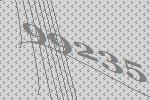
99235